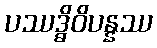
ပဿဒ္ဓိဝိပန္နဿ